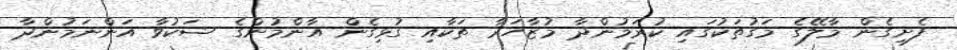
ފެށިގެން މާލޭގެ މަގުތަކުގައި ކުރަމުންދާ މުޒާހަރާ ތަކާއި ގުޅިގެން އާންމުންގެ ޝަކުވާ އަންނަމުންދާ